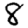
Digit: 8